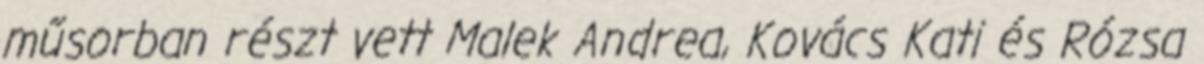
műsorban részt vett Malek Andrea, Kovács Kati és Rózsa